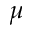
\mu